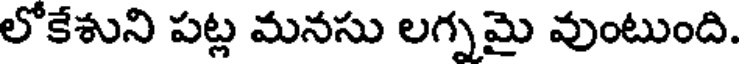
లోకేశుని పట్ల మనసు లగ్నమై వుంటుంది.